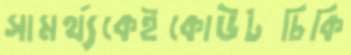
সামর্থ্যকেইকোউটচিকি